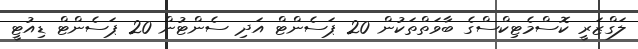
ލަގްޒަރީ ކޮސްމެޓިކްސްގެ ބާވަތްތަކުން 20 ޕަސެންޓް އަދި ސެންޓުން 20 ޕަސެންޓް ޑިއުޓީ